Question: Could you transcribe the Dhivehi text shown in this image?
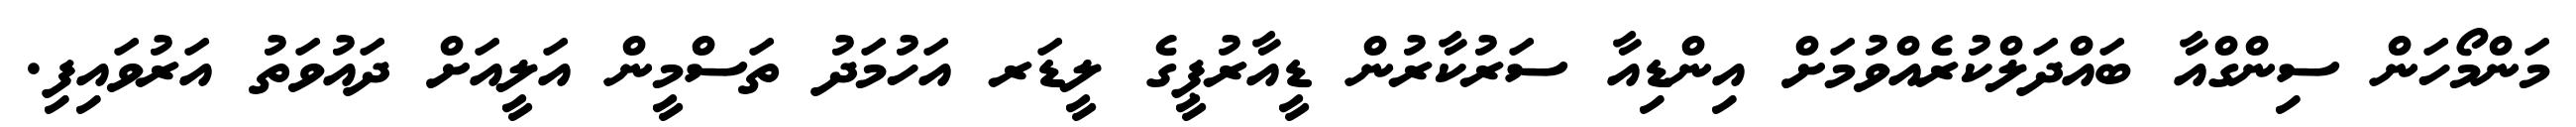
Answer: މަންމޯހަން ސިންގްއާ ބައްދަލްކުރެއްވުމަށް އިންޑިއާ ސަރުކާރުން ޑީއާރުޕީގެ ލީޑަރ އަހުމަދު ތަސްމީން އަލީއަށް ދައުވަތު އަރުވައިފި.